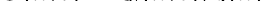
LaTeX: \smash{C(k,t)=Q(k,t)/q(k)}